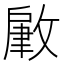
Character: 𢾹